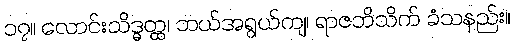
၁၇။ လောင်းသိဒ္ဓတ္ထ၊ ဘယ်အရွယ်ကျ၊ ရာဇဘိသိက် ခံသနည်း။